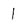
Character: 1